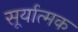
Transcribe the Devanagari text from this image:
सूर्यात्मक